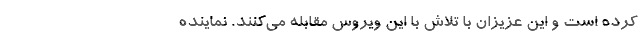
کرده است و این عزیزان با تلاش با این ویروس مقابله می‌کنند. نماینده